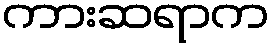
ကားဆရာက